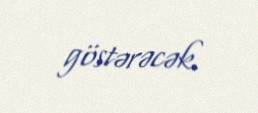
göstərəcək.